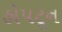
હોપટૂન